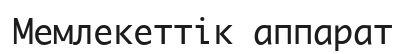
Мемлекеттік аппарат